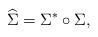
LaTeX: \begin{gather*}\widehat{\Sigma}=\Sigma^* \circ \Sigma,\end{gather*}